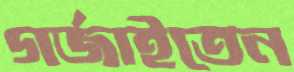
গর্জাইতেন